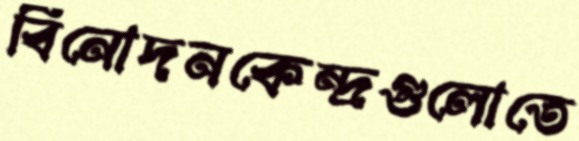
বিনোদনকেন্দ্রগুলোতে